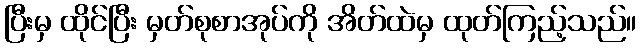
ပြီးမှ ထိုင်ပြီး မှတ်စုစာအုပ်ကို အိတ်ထဲမှ ထုတ်ကြည့်သည်။